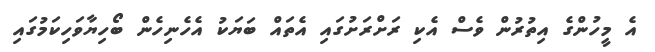
އެ މީހުންގެ އިތުރުން ވެސް އެކި ރަށްރަށުގައި އެތައް ބަޔަކު އެހެނިހެން ބޯހިޔާވަހިކަމުގައި